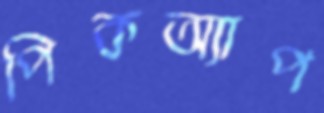
পিকঅ্যাপ